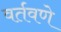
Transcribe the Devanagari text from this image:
वर्तवणे